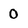
Character: O